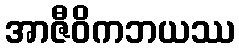
အာဇီဝိကဘယဿ